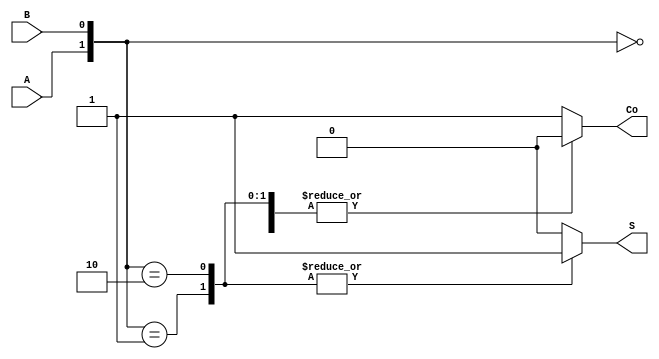
// Ch06 half_adder_case.v
// @b[k (case z)

module half_add_case (A, B, Co, S);
input  A, B;     // A, B @J
output Co, S;    // Co iM S 
reg    Co, S;

//  case z 
always@ (A or B)
  case ({A,B})
    2'b00  : begin  Co = 0;  S = 0;  end
    2'b01  : begin  Co = 0;  S = 1;  end
    2'b10  : begin  Co = 0;  S = 1;  end
    default: begin  Co = 1;  S = 0;  end
  endcase

endmodule